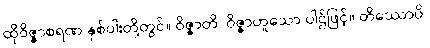
ထိုဝိဇ္ဇာစရဏ နှစ်ပါးတို့တွင်။ ဝိဇ္ဇာတိ၊ ဝိဇ္ဇာဟူသော ပါဌ်ဖြင့်။ တိဿောပိ၊